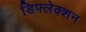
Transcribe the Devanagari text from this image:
डिफ्लेक्शन